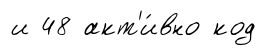
и 48 акт'и́вно код